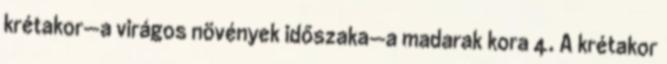
krétakor—a virágos növények időszaka—a madarak kora 4. A krétakor